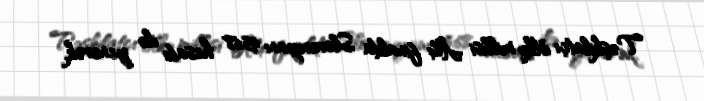
Təşkilatçı ölkə millisi Â¼ finalda Sloveniyanı 95:68 hesabı ilə yenərək,